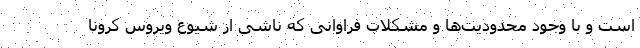
است و با وجود محدودیت‌ها و مشکلات فراوانی که ناشی از شیوع ویروس کرونا